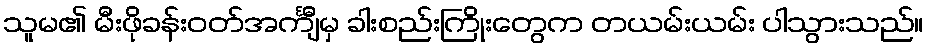
သူမ၏ မီးဖိုခန်းဝတ်အင်္ကျီမှ ခါးစည်းကြိုးတွေက တယမ်းယမ်း ပါသွားသည်။